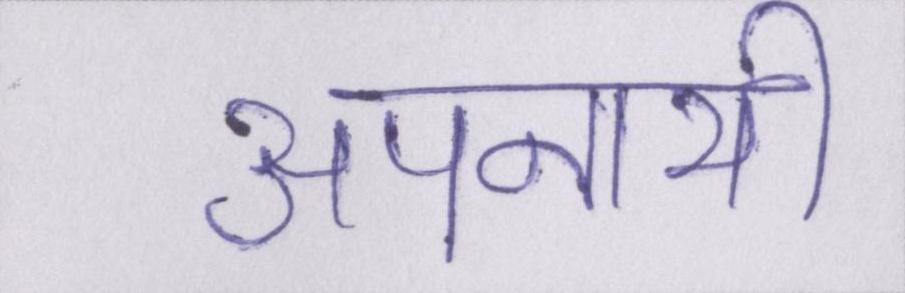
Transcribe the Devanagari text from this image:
अपनायी